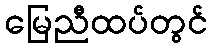
မြေညီထပ်တွင်